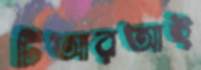
টিআরআই